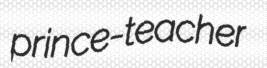
prince-teacher